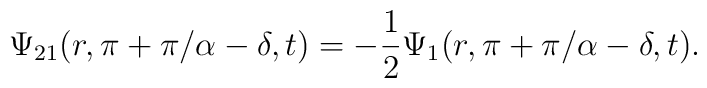
\Psi_{21}(r,\pi+\pi/\alpha-\delta,t)=-{1\over2}\Psi_1(r,\pi+\pi/\alpha-\delta,t).